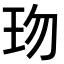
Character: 𤤅